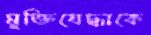
মুক্তিযেদ্ধাকে